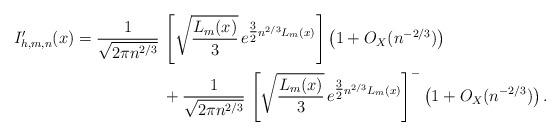
LaTeX: \begin{align*}I'_{h,m,n}(x)=\frac{1}{ \sqrt{ 2 \pi n^{2/3}}} \, &\left[\sqrt{\frac{ L_m(x)}{3} } \,e^{ \tfrac{3}{2} n^{2/3} L_m(x)} \right] \left( 1+O_X( n^{-2/3}) \right)\\& + \frac{1}{ \sqrt{ 2 \pi n^{2/3}}} \, \left[\sqrt{\frac{ L_m(x)}{3}} \, e^{ \tfrac{3}{2} n^{2/3} L_m(x)} \right]^{-} \left( 1+O_X( n^{-2/3}) \right) .\end{align*}